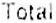
TOTAL